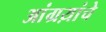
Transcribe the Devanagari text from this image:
आंग्रय़ांचे